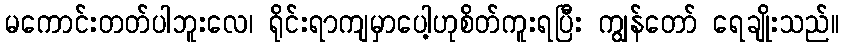
မကောင်းတတ်ပါဘူးလေ၊ ရိုင်းရာကျမှာပေါ့ဟုစိတ်ကူးရပြီး ကျွန်တော် ရေချိုးသည်။